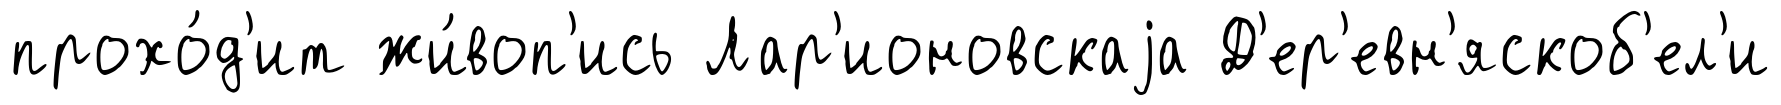
прохо́д'ит жи́воп'ись Лар'ионовскаjа Д'ер'евн'яскоб'ел'и